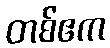
တစ်ဧက